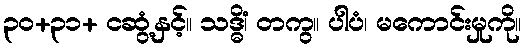
၃၀+၃၁+ ငဆွံ့နှင့်။ သဒ္ဓိံ၊ တကွ။ ပါပံ၊ မကောင်းမှုကို။